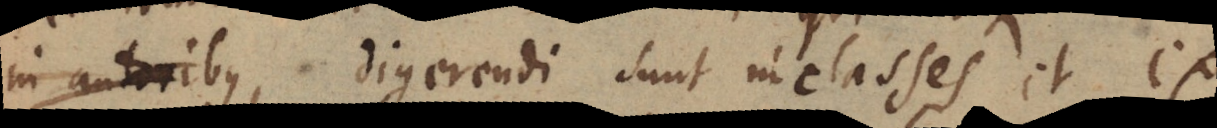
in autoribus, digerendi sunt in classes, et ex